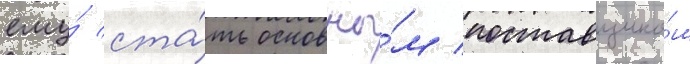
ему́ ста́ть основны́м поставщико́м